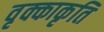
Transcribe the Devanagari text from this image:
वृक्काकृति